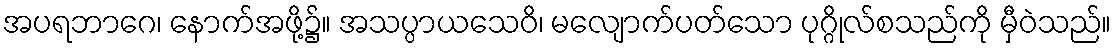
အပရဘာဂေ၊ နောက်အဖို့၌။ အသပ္ပာယသေဝိ၊ မလျောက်ပတ်သော ပုဂ္ဂိုလ်စသည်ကို မှီဝဲသည်။